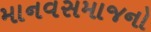
માનવસમાજનો